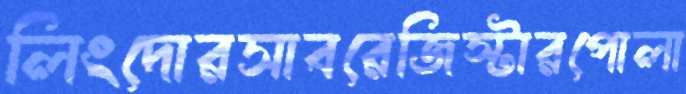
লিংদোরসাবরেজিস্টারপোলা